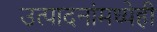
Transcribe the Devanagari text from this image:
उत्पादनांमध्येही